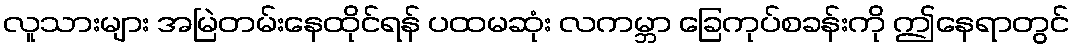
လူသားများ အမြဲတမ်းနေထိုင်ရန် ပထမဆုံး လကမ္ဘာ ခြေကုပ်စခန်းကို ဤနေရာတွင်